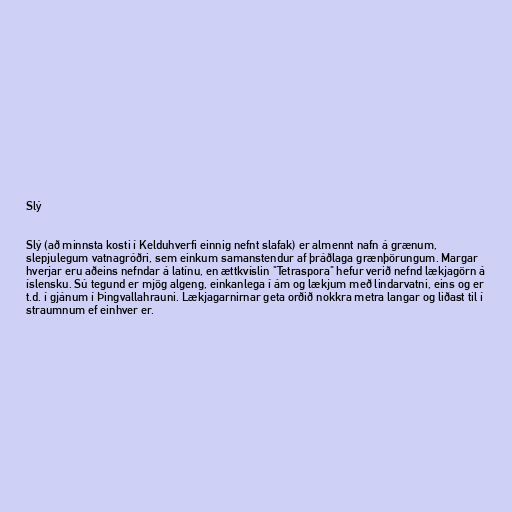
Slý

Slý (að minnsta kosti í Kelduhverfi einnig nefnt slafak) er almennt nafn á grænum,
slepjulegum vatnagróðri, sem einkum samanstendur af þráðlaga grænþörungum. Margar
hverjar eru aðeins nefndar á latínu, en ættkvíslin "Tetraspora" hefur verið nefnd lækjagörn á
íslensku. Sú tegund er mjög algeng, einkanlega í ám og lækjum með lindarvatni, eins og er
t.d. í gjánum í Þingvallahrauni. Lækjagarnirnar geta orðið nokkra metra langar og liðast til í
straumnum ef einhver er.